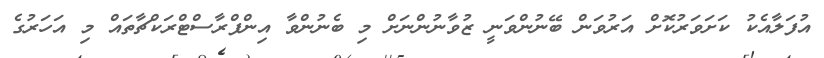
އުފަލާއެކު ކަށަވަރުކޮށް އަރުވަން ބޭނުންވަނީ ޒުވާނުންނަށް މި ބެނުންވާ އިންފްރާސްޓްރަކްޗާތައް މި އަހަރުގެ